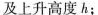
及上升高度h；